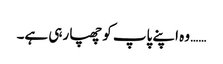
…… وہ اپنے پاپ کو چھپا رہی ہے۔